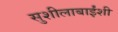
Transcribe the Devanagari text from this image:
सुशीलाबाईंशी